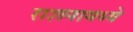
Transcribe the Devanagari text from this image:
राशनामध्ये